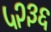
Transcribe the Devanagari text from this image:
५२३६